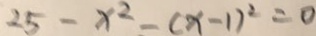
2 5 - x ^ { 2 } - ( x - 1 ) ^ { 2 } = 0